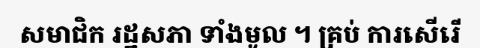
សមាជិក រដ្ឋសភា ទាំងមូល ។ គ្រប់ ការសើរើ